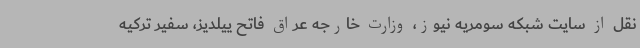
نقل از سایت شبکه سومریه نیوز، وزارت خارجه عراق فاتح ییلدیز، سفیر ترکیه